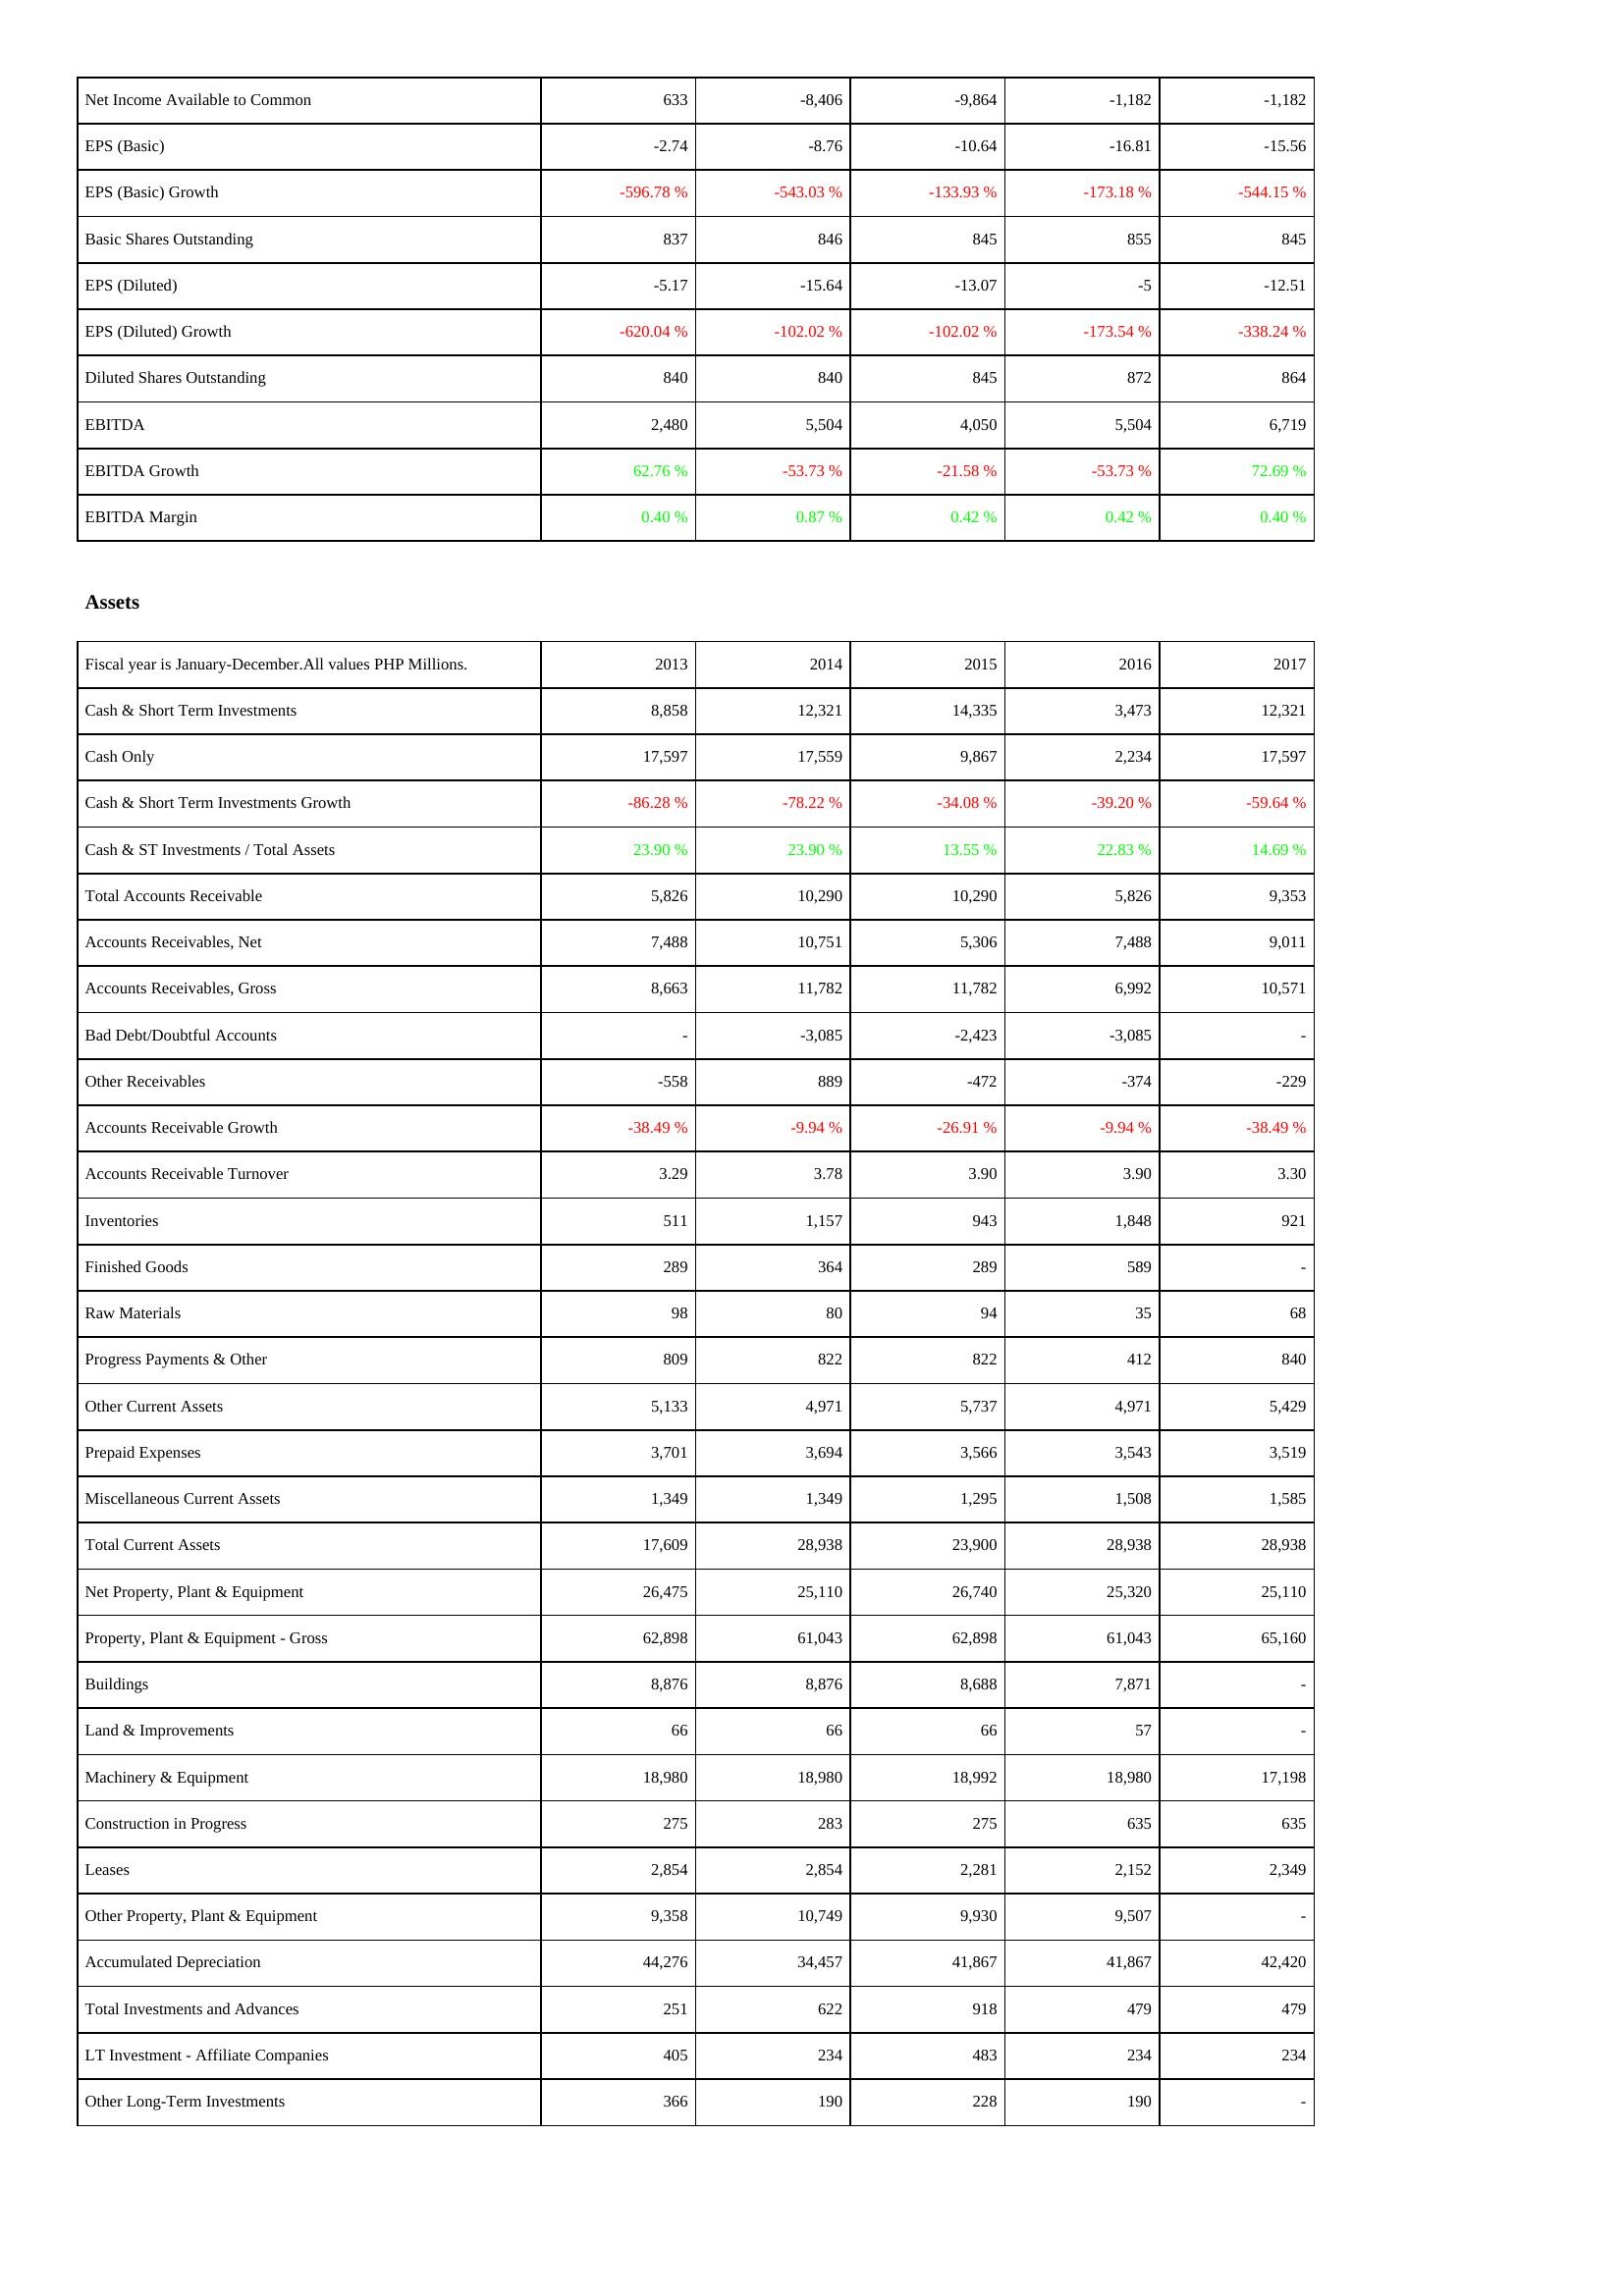
2013: Income Statement: Net Income Available to Common: 633
EPS (Basic): -2.74
EPS (Basic) Growth: -596.78 %
Basic Shares Outstanding: 837
EPS (Diluted): -5.17
EPS (Diluted) Growth: -620.04 %
Diluted Shares Outstanding: 840
EBITDA: 2,480
EBITDA Growth: 62.76 %
EBITDA Margin: 0.40 %
Assets: Cash & Short Term Investments: 8,858
Cash Only: 17,597
Cash & Short Term Investments Growth: -86.28 %
Cash & ST Investments / Total Assets: 23.90 %
Total Accounts Receivable: 5,826
Accounts Receivables, Net: 7,488
Accounts Receivables, Gross: 8,663
Bad Debt/Doubtful Accounts: -
Other Receivables: -558
Accounts Receivable Growth: -38.49 %
Accounts Receivable Turnover: 3.29
Inventories: 511
Finished Goods: 289
Raw Materials: 98
Progress Payments & Other: 809
Other Current Assets: 5,133
Prepaid Expenses: 3,701
Miscellaneous Current Assets: 1,349
Total Current Assets: 17,609
Net Property, Plant & Equipment: 26,475
Property, Plant & Equipment - Gross: 62,898
Buildings: 8,876
Land & Improvements: 66
Machinery & Equipment: 18,980
Construction in Progress: 275
Leases: 2,854
Other Property, Plant & Equipment: 9,358
Accumulated Depreciation: 44,276
Total Investments and Advances: 251
LT Investment - Affiliate Companies: 405
Other Long-Term Investments: 366
2014: Income Statement: Net Income Available to Common: -8,406
EPS (Basic): -8.76
EPS (Basic) Growth: -543.03 %
Basic Shares Outstanding: 846
EPS (Diluted): -15.64
EPS (Diluted) Growth: -102.02 %
Diluted Shares Outstanding: 840
EBITDA: 5,504
EBITDA Growth: -53.73 %
EBITDA Margin: 0.87 %
Assets: Cash & Short Term Investments: 12,321
Cash Only: 17,559
Cash & Short Term Investments Growth: -78.22 %
Cash & ST Investments / Total Assets: 23.90 %
Total Accounts Receivable: 10,290
Accounts Receivables, Net: 10,751
Accounts Receivables, Gross: 11,782
Bad Debt/Doubtful Accounts: -3,085
Other Receivables: 889
Accounts Receivable Growth: -9.94 %
Accounts Receivable Turnover: 3.78
Inventories: 1,157
Finished Goods: 364
Raw Materials: 80
Progress Payments & Other: 822
Other Current Assets: 4,971
Prepaid Expenses: 3,694
Miscellaneous Current Assets: 1,349
Total Current Assets: 28,938
Net Property, Plant & Equipment: 25,110
Property, Plant & Equipment - Gross: 61,043
Buildings: 8,876
Land & Improvements: 66
Machinery & Equipment: 18,980
Construction in Progress: 283
Leases: 2,854
Other Property, Plant & Equipment: 10,749
Accumulated Depreciation: 34,457
Total Investments and Advances: 622
LT Investment - Affiliate Companies: 234
Other Long-Term Investments: 190
2015: Income Statement: Net Income Available to Common: -9,864
EPS (Basic): -10.64
EPS (Basic) Growth: -133.93 %
Basic Shares Outstanding: 845
EPS (Diluted): -13.07
EPS (Diluted) Growth: -102.02 %
Diluted Shares Outstanding: 845
EBITDA: 4,050
EBITDA Growth: -21.58 %
EBITDA Margin: 0.42 %
Assets: Cash & Short Term Investments: 14,335
Cash Only: 9,867
Cash & Short Term Investments Growth: -34.08 %
Cash & ST Investments / Total Assets: 13.55 %
Total Accounts Receivable: 10,290
Accounts Receivables, Net: 5,306
Accounts Receivables, Gross: 11,782
Bad Debt/Doubtful Accounts: -2,423
Other Receivables: -472
Accounts Receivable Growth: -26.91 %
Accounts Receivable Turnover: 3.90
Inventories: 943
Finished Goods: 289
Raw Materials: 94
Progress Payments & Other: 822
Other Current Assets: 5,737
Prepaid Expenses: 3,566
Miscellaneous Current Assets: 1,295
Total Current Assets: 23,900
Net Property, Plant & Equipment: 26,740
Property, Plant & Equipment - Gross: 62,898
Buildings: 8,688
Land & Improvements: 66
Machinery & Equipment: 18,992
Construction in Progress: 275
Leases: 2,281
Other Property, Plant & Equipment: 9,930
Accumulated Depreciation: 41,867
Total Investments and Advances: 918
LT Investment - Affiliate Companies: 483
Other Long-Term Investments: 228
2016: Income Statement: Net Income Available to Common: -1,182
EPS (Basic): -16.81
EPS (Basic) Growth: -173.18 %
Basic Shares Outstanding: 855
EPS (Diluted): -5
EPS (Diluted) Growth: -173.54 %
Diluted Shares Outstanding: 872
EBITDA: 5,504
EBITDA Growth: -53.73 %
EBITDA Margin: 0.42 %
Assets: Cash & Short Term Investments: 3,473
Cash Only: 2,234
Cash & Short Term Investments Growth: -39.20 %
Cash & ST Investments / Total Assets: 22.83 %
Total Accounts Receivable: 5,826
Accounts Receivables, Net: 7,488
Accounts Receivables, Gross: 6,992
Bad Debt/Doubtful Accounts: -3,085
Other Receivables: -374
Accounts Receivable Growth: -9.94 %
Accounts Receivable Turnover: 3.90
Inventories: 1,848
Finished Goods: 589
Raw Materials: 35
Progress Payments & Other: 412
Other Current Assets: 4,971
Prepaid Expenses: 3,543
Miscellaneous Current Assets: 1,508
Total Current Assets: 28,938
Net Property, Plant & Equipment: 25,320
Property, Plant & Equipment - Gross: 61,043
Buildings: 7,871
Land & Improvements: 57
Machinery & Equipment: 18,980
Construction in Progress: 635
Leases: 2,152
Other Property, Plant & Equipment: 9,507
Accumulated Depreciation: 41,867
Total Investments and Advances: 479
LT Investment - Affiliate Companies: 234
Other Long-Term Investments: 190
2017: Income Statement: Net Income Available to Common: -1,182
EPS (Basic): -15.56
EPS (Basic) Growth: -544.15 %
Basic Shares Outstanding: 845
EPS (Diluted): -12.51
EPS (Diluted) Growth: -338.24 %
Diluted Shares Outstanding: 864
EBITDA: 6,719
EBITDA Growth: 72.69 %
EBITDA Margin: 0.40 %
Assets: Cash & Short Term Investments: 12,321
Cash Only: 17,597
Cash & Short Term Investments Growth: -59.64 %
Cash & ST Investments / Total Assets: 14.69 %
Total Accounts Receivable: 9,353
Accounts Receivables, Net: 9,011
Accounts Receivables, Gross: 10,571
Bad Debt/Doubtful Accounts: -
Other Receivables: -229
Accounts Receivable Growth: -38.49 %
Accounts Receivable Turnover: 3.30
Inventories: 921
Finished Goods: -
Raw Materials: 68
Progress Payments & Other: 840
Other Current Assets: 5,429
Prepaid Expenses: 3,519
Miscellaneous Current Assets: 1,585
Total Current Assets: 28,938
Net Property, Plant & Equipment: 25,110
Property, Plant & Equipment - Gross: 65,160
Buildings: -
Land & Improvements: -
Machinery & Equipment: 17,198
Construction in Progress: 635
Leases: 2,349
Other Property, Plant & Equipment: -
Accumulated Depreciation: 42,420
Total Investments and Advances: 479
LT Investment - Affiliate Companies: 234
Other Long-Term Investments: -